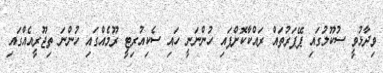
ވިދާޅުވީ ސުކޫލުގައި ޕޭޕަރުތައް ރައްކާކޮށްފައި ހުންނަނީ ހައި ސެކިއުރިޓީ ރޫމެއްގައި ހުންނަ ތިޖޫރީއެއްގައި